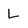
Character: L